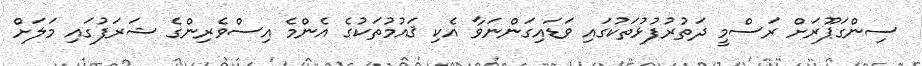
ސިންގަޕޫރަށް ރަސްމީ ދަތުރުފުޅުތަކުގައި ވަޑައިގަންނަވާ އެކި ޤައުމުތަކުގެ އެންމެ އިސްވެރިންގެ ޝަރަފުގައި މަލަށް